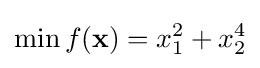
\min f(\mathbf {x} )=x_{1}^{2}+x_{2}^{4}